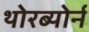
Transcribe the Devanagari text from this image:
थोरब्योर्न